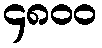
၄၈၀၀